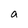
Character: a